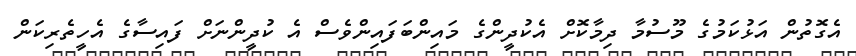
އެގޮތުން އަޅުކަމުގެ މޫސުމާ ދިމާކޮށް އެކުދީންގެ މައިންބަފައިންވެސް އެ ކުދީންނަށް ފައިސާގެ އެހީތެރިކަން